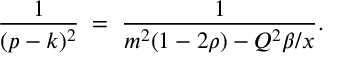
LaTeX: { \frac { 1 } { ( p - k ) ^ { 2 } } } \; = \; { \frac { 1 } { m ^ { 2 } ( 1 - 2 \rho ) - Q ^ { 2 } \beta / x } } .